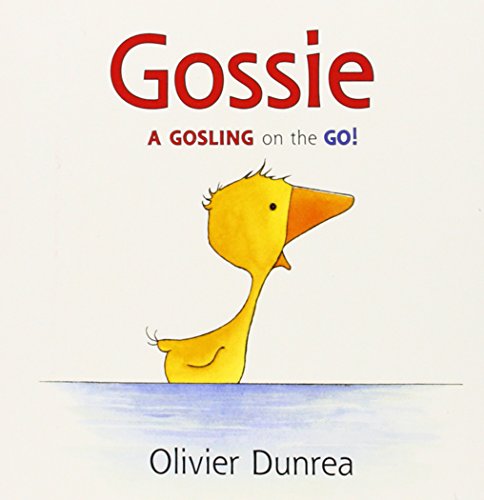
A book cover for Gossie (Gossie & Friends); Olivier Dunrea; Children's Books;